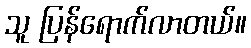
သူ ပြန်ရောက်လာတယ်။